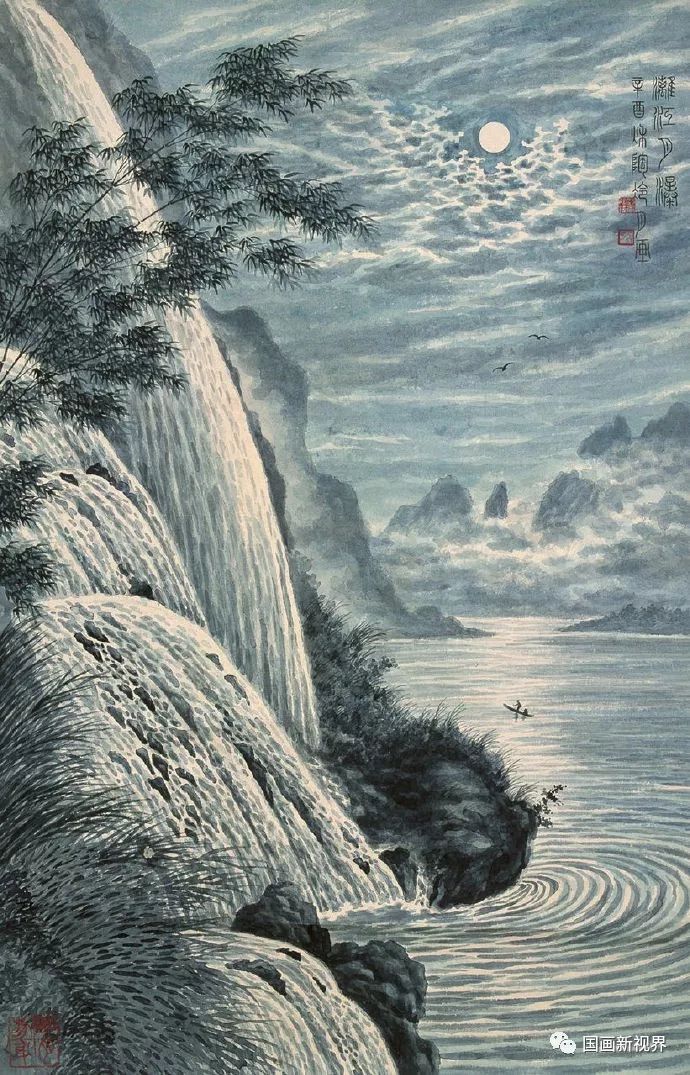
桂花浮玉，正月满天街，夜凉如洗。